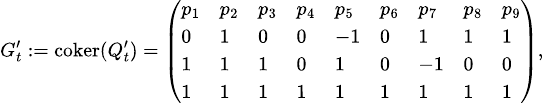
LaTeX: {\scriptsize G_{t}^{\prime}:=\mathrm{coker}(Q_{t}^{\prime})=\left(\begin{array}{lllllllll}{{p_{1}}}&{{p_{2}}}&{{p_{3}}}&{{p_{4}}}&{{p_{5}}}&{{p_{6}}}&{{p_{7}}}&{{p_{8}}}&{{p_{9}}}\\ {{0}}&{{1}}&{{0}}&{{0}}&{{-1}}&{{0}}&{{1}}&{{1}}&{{1}}\\ {{1}}&{{1}}&{{1}}&{{0}}&{{1}}&{{0}}&{{-1}}&{{0}}&{{0}}\\ {{1}}&{{1}}&{{1}}&{{1}}&{{1}}&{{1}}&{{1}}&{{1}}&{{1}}\end{array}\right),}